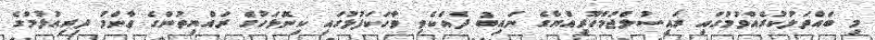
މި ބައްދަލުކުރެއްވުމުގައި ރައީސުލްޖުމްހޫރިއްޔާގެ ނައިބު ދެއްކެވި ވާހަކަފުޅުގައި ކިނޮޅަހުގެ ރައްޔިތުންގެ ޢާންމު ދިރިއުޅުމުގެ